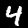
Digit: 4